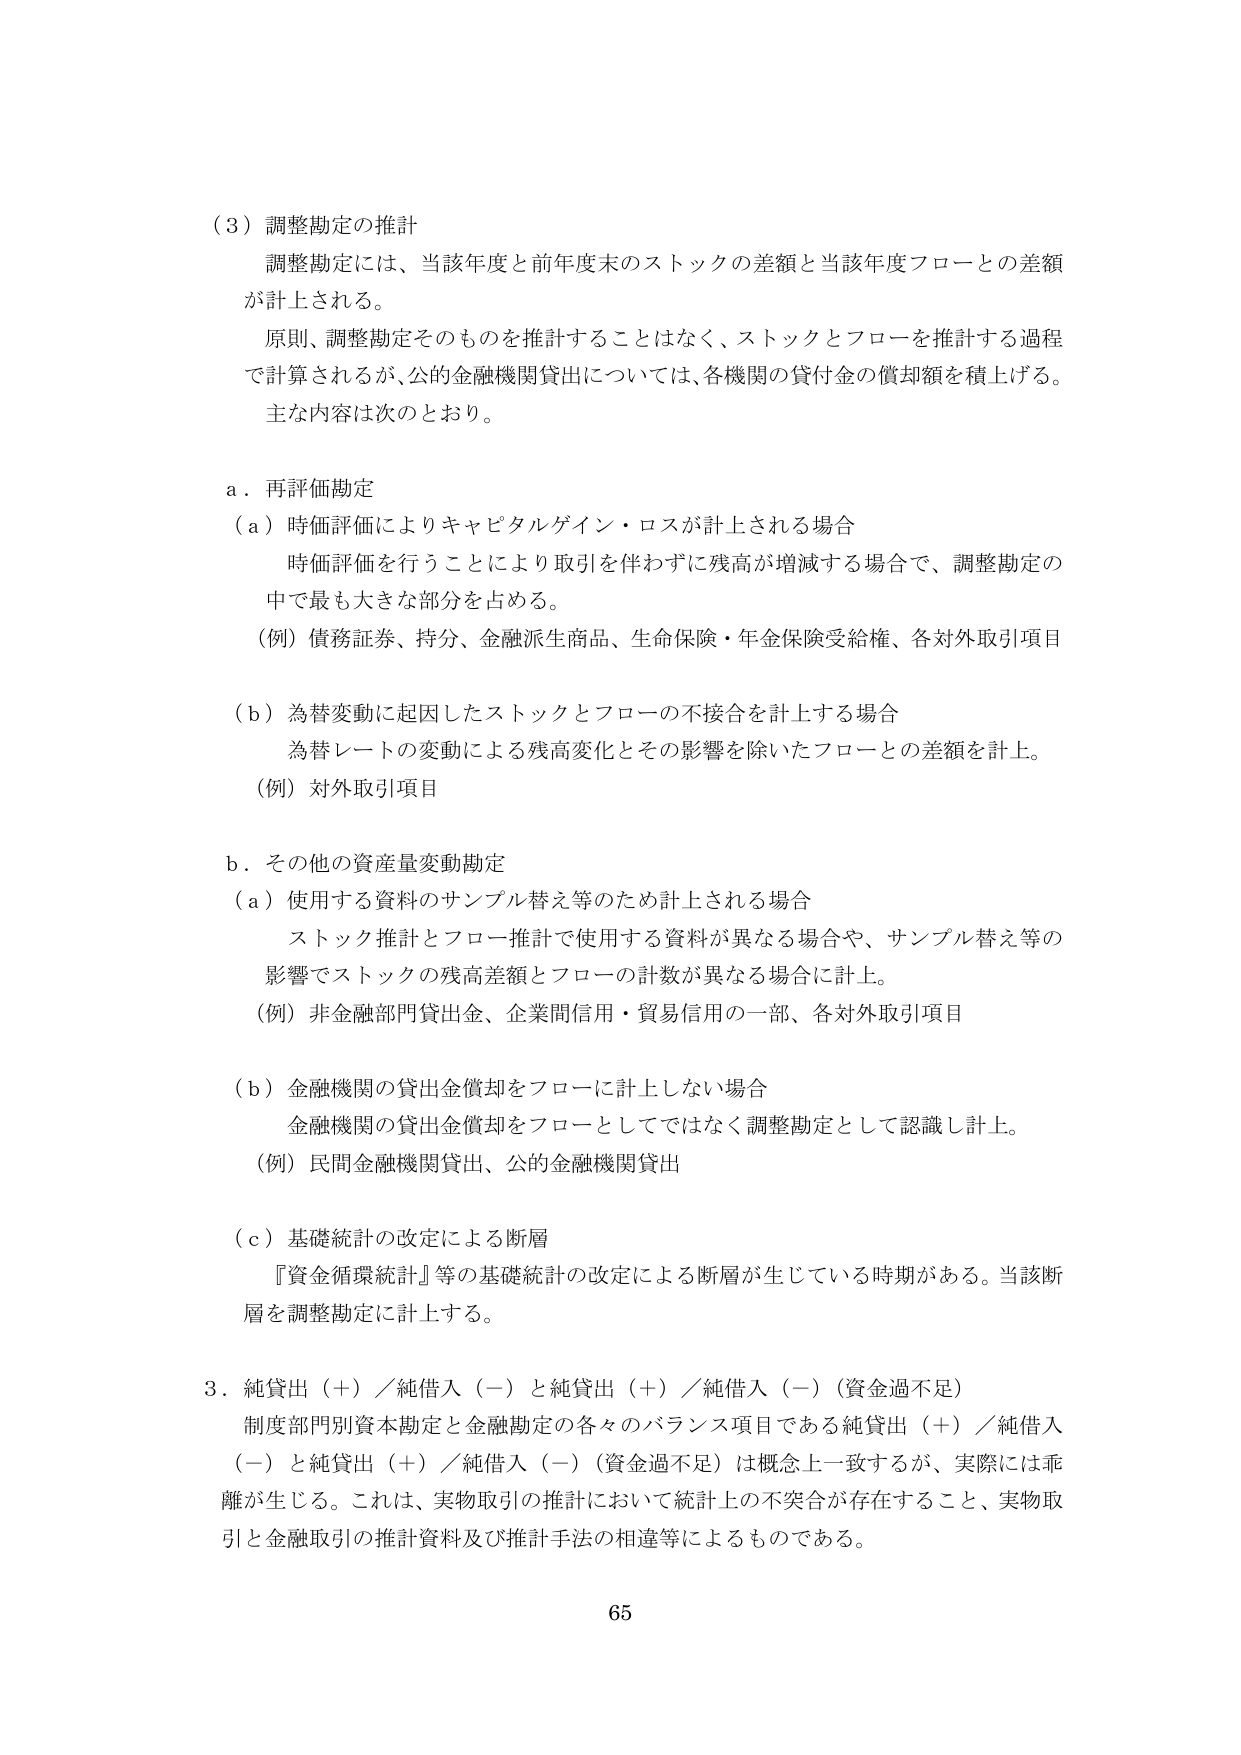
（3）調整勘定の推計
調整勘定には、当該年度と前年度末のストックの差額と当該年度フローとの差額が計上される。
原則、調整勘定そのものを推計することはなく、ストックとフローを推計する過程で計算されるが、公的金融機関貸出については、各機関の貸付金の償却額を積上げる。
主な内容は次のとおり。

a．再評価勘定
（a）時価評価によりキャピタルゲイン・ロスが計上される場合
　時価評価を行うことにより取引を伴わずに残高が増減する場合で、調整勘定の中で最も大きな部分を占める。
（例）債務証券、持分、金融派生商品、生命保険・年金保険受給権、各対外取引項目

（b）為替変動に起因したストックとフローの不接合を計上する場合
　為替レートの変動による残高変化とその影響を除いたフローとの差額を計上。
（例）対外取引項目

b．その他の資産量変動勘定
（a）使用する資料のサンプル替え等のため計上される場合
　ストック推計とフロー推計で使用する資料が異なる場合や、サンプル替え等の影響でストックの残高差額とフローの計数が異なる場合に計上。
（例）非金融部門貸出金、企業間信用・貿易信用の一部、各対外取引項目

（b）金融機関の貸出金償却をフローに計上しない場合
　金融機関の貸出金償却をフローとしてではなく調整勘定として認識し計上。
（例）民間金融機関貸出、公的金融機関貸出

（c）基礎統計の改定による断層
　『資金循環統計』等の基礎統計の改定による断層が生じている時期がある。当該断層を調整勘定に計上する。

3．純貸出（＋）／純借入（－）と純貸出（＋）／純借入（－）（資金過不足）
　制度部門別資本勘定と金融勘定の各々のバランス項目である純貸出（＋）／純借入（－）と純貸出（＋）／純借入（－）（資金過不足）は概念上一致するが、実際には乖離が生じる。これは、実物取引の推計において統計上の不突合が存在すること、実物取引と金融取引の推計資料及び推計手法の相違等によるものである。

65